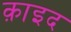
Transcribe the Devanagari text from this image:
क़ाइद